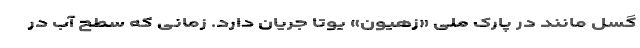
گسل مانند در پارک ملی «زهیون» یوتا جریان دارد. زمانی که سطح آب در